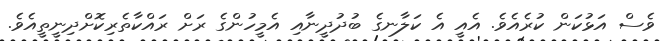
ވެސް އަޅުކަން ކުރެއެވެ. އެއީ އެ ކަލާނގެ ބުދުދީނާއި އެމީހުންގެ ރަށް ރައްކާތެރިކޮށްދިނީތީއެވެ.